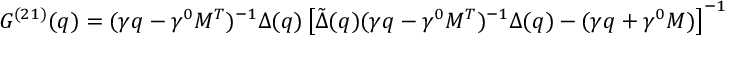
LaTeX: G ^ { ( 2 1 ) } ( q ) = ( \gamma q - \gamma ^ { 0 } { \cal M } ^ { T } ) ^ { - 1 } \Delta ( q ) \left[ { \tilde { \Delta } } ( q ) ( \gamma q - \gamma ^ { 0 } { \cal M } ^ { T } ) ^ { - 1 } \Delta ( q ) - ( \gamma q + \gamma ^ { 0 } { \cal M } ) \right] ^ { - 1 }